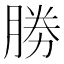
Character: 勝